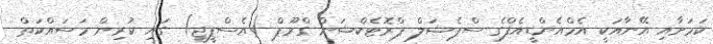
ކަމަށާއި އޭނާއަކީ އެމްއެންޑީއެފްގެ ސްޕެޝަލް ޕްރޮޓެކްޝަން ގްރޫޕް (އެސްޕީޖީ) ގައި ކުރިން މަސައްކަތް